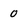
Character: 0